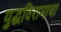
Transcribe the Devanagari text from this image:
युद्धविरामाचा